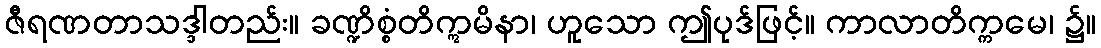
ဇီရဏတာသဒ္ဒါတည်း။ ခဏ္ဍိစ္စံတိဣမိနာ၊ ဟူသော ဤပုဒ်ဖြင့်။ ကာလာတိက္ကမေ၊ ၌။